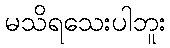
မသိရသေးပါဘူး